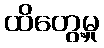
ထိတွေ့မှု